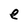
Character: e